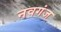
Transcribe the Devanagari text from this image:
नवगंज